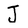
Character: J